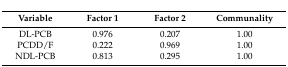
<table><thead><tr><td><b>Variable</b></td><td><b>Factor 1</b></td><td><b>Factor 2</b></td><td><b>Communality</b></td></tr></thead><tbody><tr><td>DL-PCB</td><td>0.976</td><td>0.207</td><td>1.00</td></tr><tr><td>PCDD/F</td><td>0.222</td><td>0.969</td><td>1.00</td></tr><tr><td>NDL-PCB</td><td>0.813</td><td>0.295</td><td>1.00</td></tr></tbody></table>